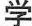
学